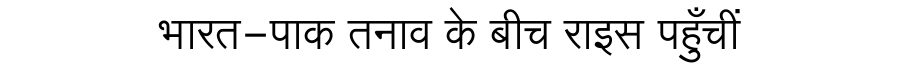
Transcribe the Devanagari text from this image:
भारत-पाक तनाव के बीच राइस पहुँचीं